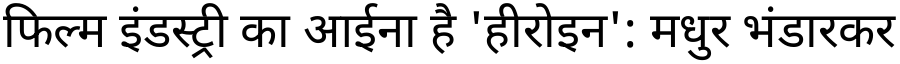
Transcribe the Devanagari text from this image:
फिल्म इंडस्ट्री का आईना है 'हीरोइन': मधुर भंडारकर